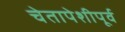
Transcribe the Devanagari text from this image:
चेतापेशीपूर्व